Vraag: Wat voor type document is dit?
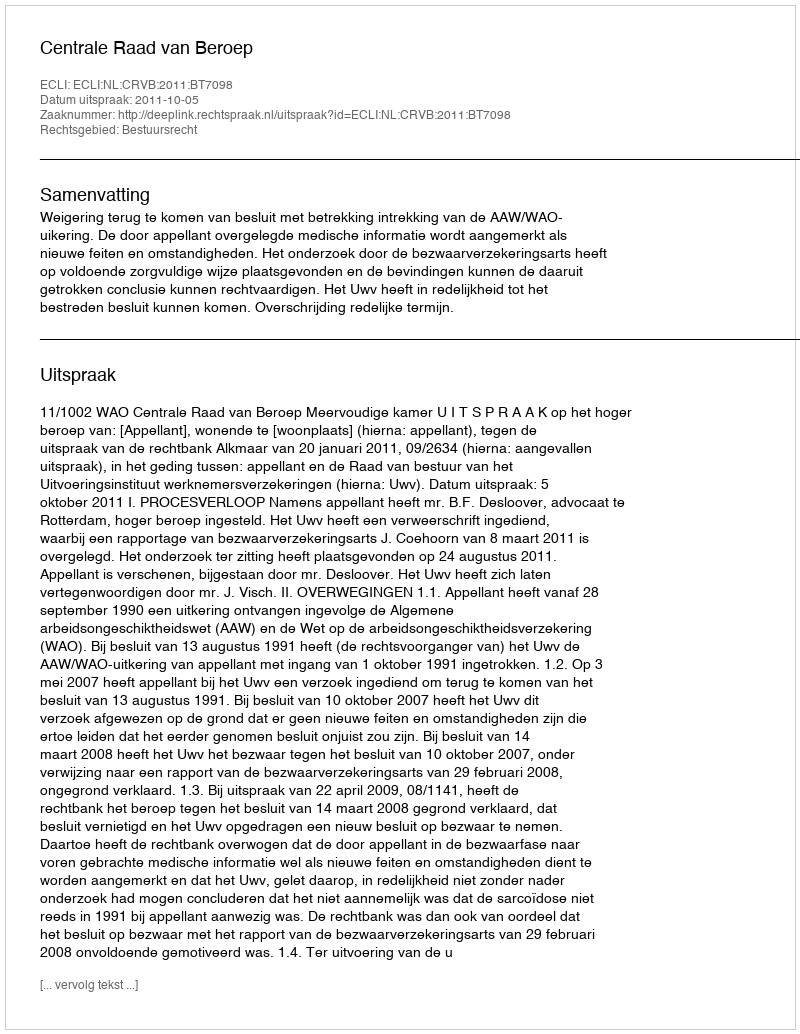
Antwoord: Uitspraak